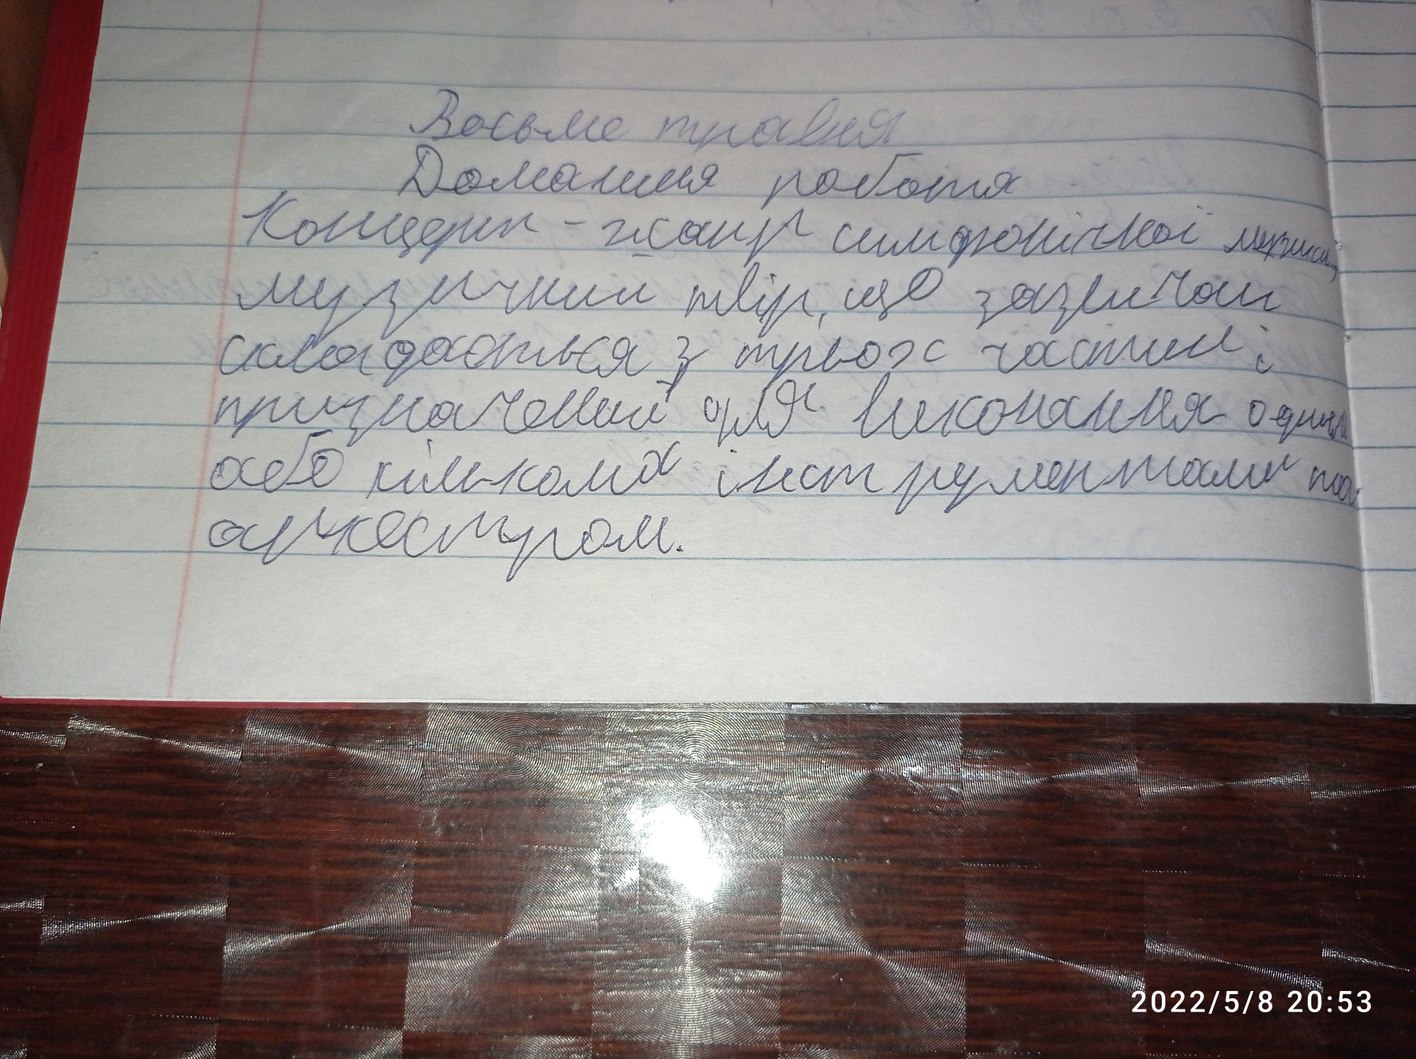
Восьме травня
Домашня робота
Концерт - жанр симфонічної музики,
музичний твір, що зазвичай
складається з трьох частин і
призначений для виконання одній
або кількома інструментами та
аркестром.